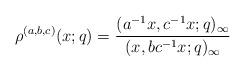
LaTeX: \begin{align*}\rho^{(a,b,c)}(x;q)=\frac{(a^{-1}x,c^{-1}x;q)_\infty}{(x,bc^{-1}x;q)_\infty}\end{align*}